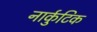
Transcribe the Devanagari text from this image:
नार्कुटिक